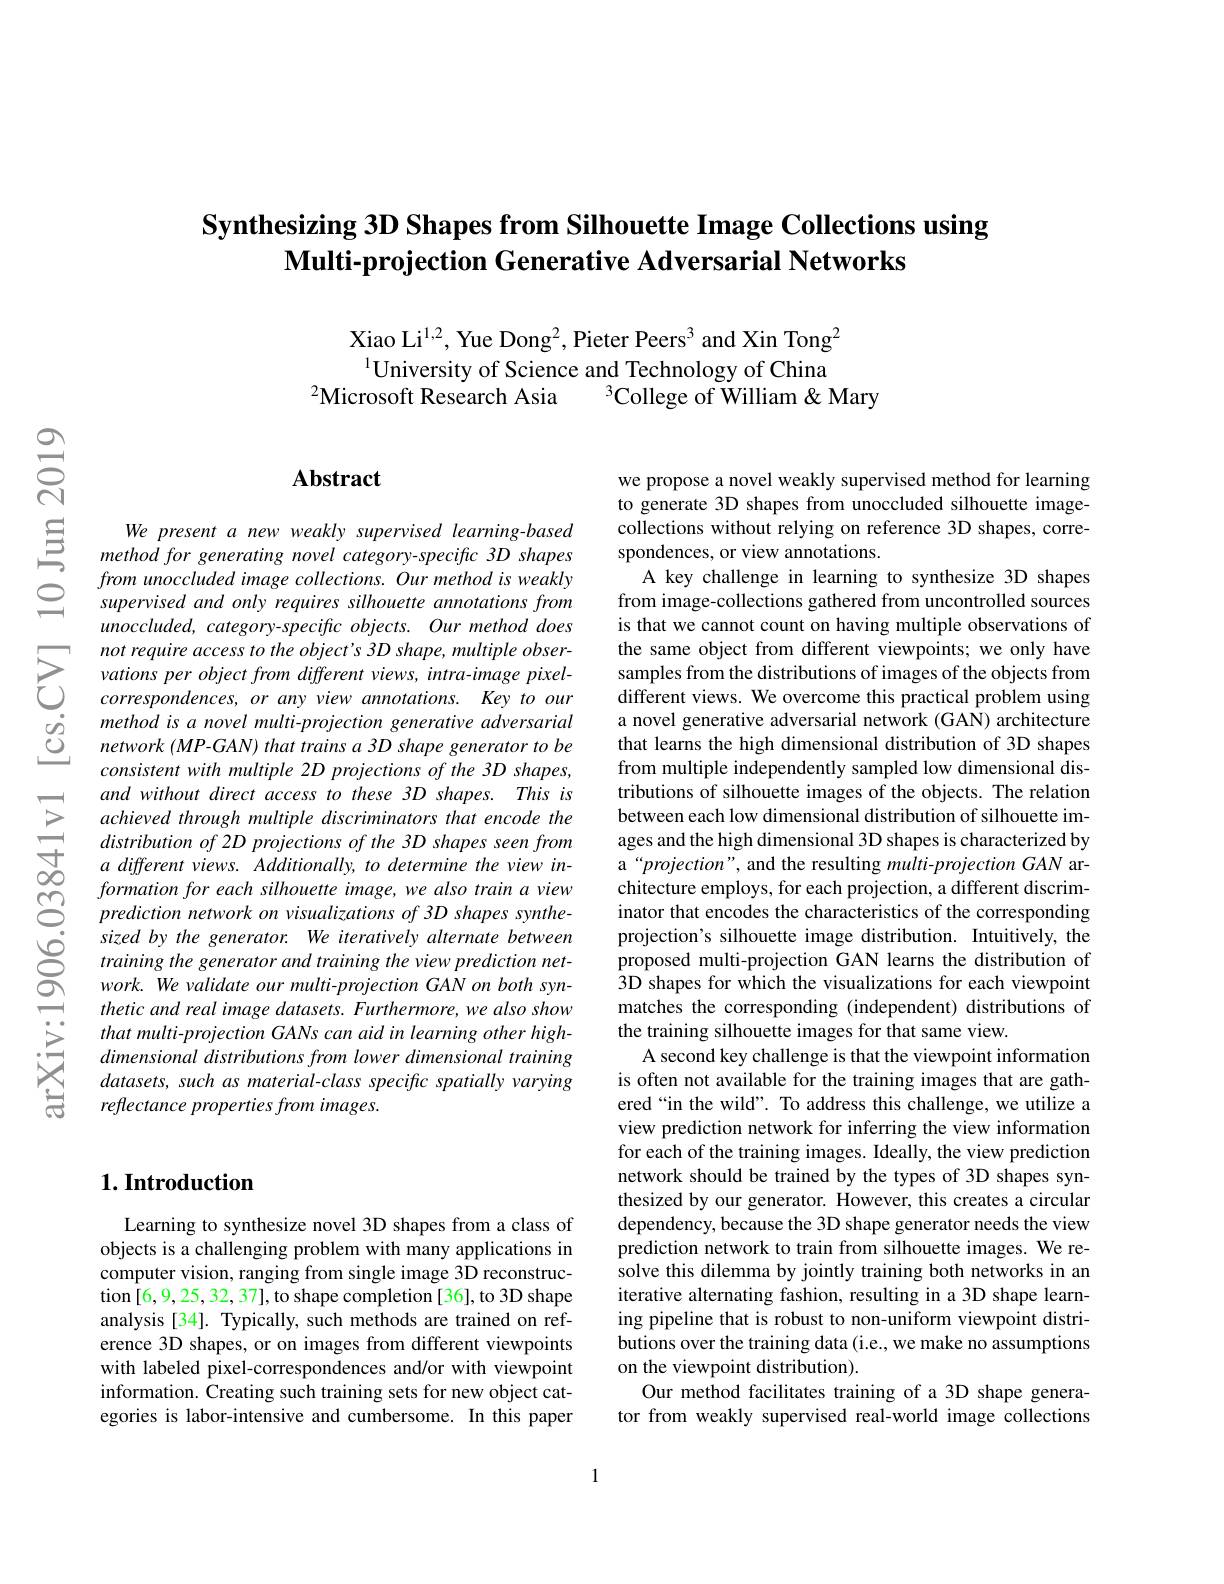
## Synthesizing 3D Shapes from Silhouette Image Collections using $\textbf{Multi- projection Generative Adversarial Networks}$

Xiao Li$^{1,2}$, Yue Dong$^2$, Pieter Peers$^{3}$ and Xin Tong$^{2}$ $^{1}$University of Science and Technology of China
$^2$Microsoft Research Asia
$^3$College of William & Mary

## $\mathbf{Abstract}$

$\begin{array}{ccc}&\text{We present a new weakly supervised learning-based}\\\text{三}&\text{method for generating novel category-specific 3D shapes}\\&\text{from unoccluded image collections. Our method is weakly}\end{array}$
supervised and only requires silhouette annotations from unoccluded, category-specific objects. Our method does not require access to the object's 3D shape, multiple observations per object from different views, intra-image pixelcorrespondences, or any view annotations. Key to our method is a novel multi-projection generative adversarial network (MP-GAN) that trains a 3D shape generator to be consistent with multiple 2D projections of the 3D shapes, and without direct access to these 3D shapes. This is achieved through multiple discriminators that encode the $distribution\textit{ of 2D projections of the 3D shapes seen from}$ a different views. Additionally, to determine the view information for each silhouette image, we also train a view prediction network on visualizations of 3D shapes synthesized by the generator. We iteratively alternate between training the generator and training the view prediction network. We validate our multi-projection GAN on both synthetic and real image datasets. Furthermore, we also show that multi-projection GANs can aid in learning other highdimensional distributions from lower dimensional training datasets, such as material-class specific spatially varying reflectance properties from images.

we propose a novel weakly supervised method for learning to generate 3D shapes from unoccluded silhouette imagecollections without relying on reference 3D shapes, correspondences, or view annotations.
A key challenge in learning to synthesize 3D shapes from image-collections gathered from uncontrolled sources is that we cannot count on having multiple observations of the same object from different viewpoints; we only have samples from the distributions of images of the objects from different views. We overcome this practical problem using a novel generative adversarial network (GAN) architecture that learns the high dimensional distribution of 3D shapes from multiple independently sampled low dimensional distributions of silhouette images of the objects. The relation between each low dimensional distribution of silhouette images and the high dimensional 3D shapes is characterized by a“projection”, and the resulting multi-projection GAN architecture employs, for each projection, a different discriminator that encodes the characteristics of the corresponding projection's silhouette image distribution. Intuitively, the proposed multi-projection GAN learns the distribution of $\hat{3}$D shapes for which the visualizations for each viewpoint matches the corresponding (independent) distributions of the training silhouette images for that same view.
A second key challenge is that the viewpoint information is often not available for the training images that are gathered“in the wild”. To address this challenge, we utilize a view prediction network for inferring the view information for each of the training images. Ideally, the view prediction network should be trained by the types of 3D shapes synthesized by our generator. However, this creates a circular dependency, because the 3D shape generator needs the view prediction network to train from silhouette images. We resolve this dilemma by jointly training both networks in an iterative alternating fashion, resulting in a 3D shape learning pipeline that is robust to non-uniform viewpoint distributions over the training data (i.e., we make no assumptions on the viewpoint distribution).
Our method facilitates training of a 3D shape generator from weakly supervised real-world image collections

## $1. \textbf{Introduction}$

Learning to synthesize novel 3D shapes from a class of objects is a challenging problem with many applications in computer vision, ranging from single image 3D reconstruction [6,9,25,32,37],to shape completion [36], to 3D shape analysis[34]. Typically, such methods are trained on reference 3D shapes, or on images from different viewpoints with labeled pixel-correspondences and/or with viewpoint information. Creating such training sets for new object categories is labor-intensive and cumbersome. In this paper